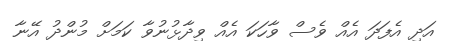
އަދި އެފަދަ އެއް ވެސް ވާހަކަ އެއް ވިދާޅުނުވާ ކަމަށް މުންދު އޭނާ